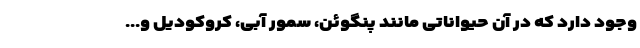
وجود دارد که در آن حیواناتی مانند پنگوئن، سمور آبی، کروکودیل و...